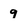
Character: 9